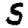
Digit: 5